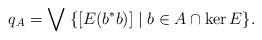
LaTeX: \begin{align*}q_A=\bigvee\;\{[E(b^*b)]\mid b\in A\cap\ker E\}.\end{align*}